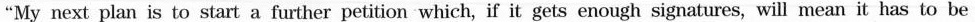
"My next plan is to start a further petition which, if it gets enough signatures, will mean it has to be